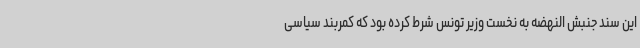
این سند جنبش النهضه به نخست وزیر تونس شرط کرده بود که کمربند سیاسی